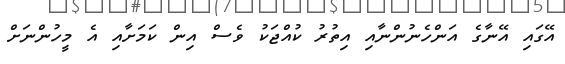
އޭގައި އޭނާގެ އަންހެނުންނާއި އިތުރު ކުއްޖަކު ވެސް އިން ކަމަށާއި އެ މީހުންނަށް